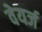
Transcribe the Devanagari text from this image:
वेयर्ज